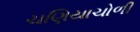
ચણિયાચોળી